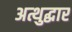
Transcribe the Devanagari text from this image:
अत्थुद्धार